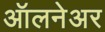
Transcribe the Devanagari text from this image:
ऑलनेअर